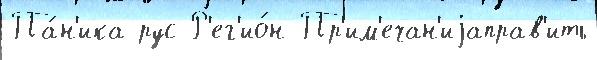
Па́н'ика рус Р'ег'ио́н Пр'им'ечан'иjаправ'ить